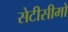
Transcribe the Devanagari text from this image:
सेटीसीमो